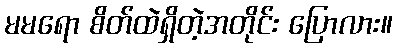
မမရော စိတ်ထဲရှိတဲ့အတိုင်း ပြောလား။